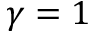
\gamma = 1